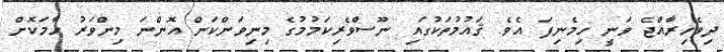
ދިވެހިރާއްޖެ ވަނީ ހިމެނިފަ އެވެ. ޤައުމުތަކުގައި ނޫސްވެރިކަމުމުގެ މިނިވަންކަން އޮންނަ މިންވަރު ހާމަކޮށް